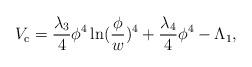
LaTeX: \begin{align*}V_{\rm c}={\lambda_3 \over 4} \phi^4 \ln ({\phi \over w})^4 + {\lambda_4 \over 4}\phi^4 - \Lambda_1,\end{align*}